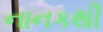
નાનકથી